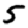
Digit: 5